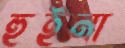
হুইনা